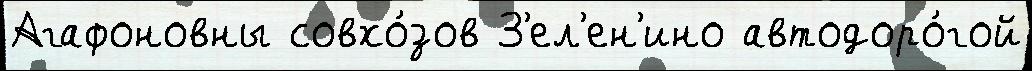
Агафоновны совхо́зов З'ел'ен'ино автодоро́гой